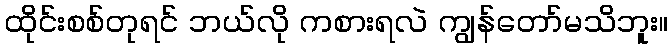
ထိုင်းစစ်တုရင် ဘယ်လို ကစားရလဲ ကျွန်တော်မသိဘူး။